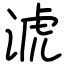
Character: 淲